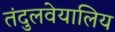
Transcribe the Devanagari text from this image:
तंदुलवेयालिय